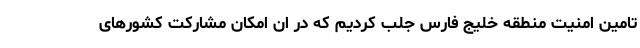
تامین امنیت منطقه خلیج فارس جلب کردیم که در ان امکان مشارکت کشورهای